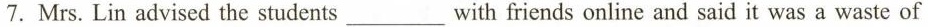
7. Mrs. Lin advised the students ___ with friends online and said it was a waste of